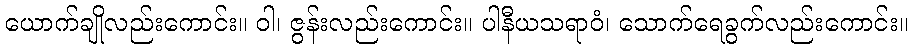
ယောက်ချိုလည်းကောင်း။ ဝါ၊ ဇွန်းလည်းကောင်း။ ပါနီယသရာဝံ၊ သောက်ရေခွက်လည်းကောင်း။